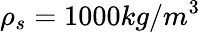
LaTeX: \rho_{s}=1000kg/m^{3}